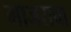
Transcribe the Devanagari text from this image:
गाजराचा